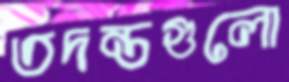
তদন্তগুলো